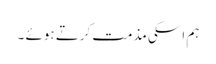
ہم اسکی مذمت کرتے ہوئے ۔